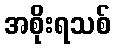
အစိုးရသစ်